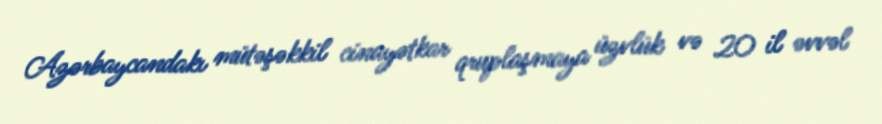
Azərbaycandakı mütəşəkkil cinayətkar qruplaşmaya üzvlük və 20 il əvvəl